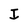
Character: I